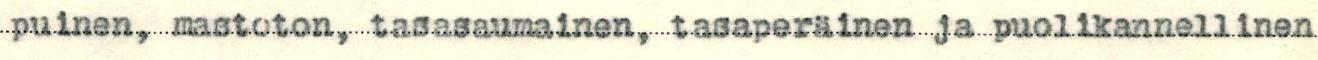
puinen, mastoton, tasasaumainen, tasaperäinen ja puolikannellinen